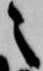
之